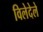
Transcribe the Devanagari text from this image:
विलेदेले